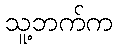
သူ့ဘက်က